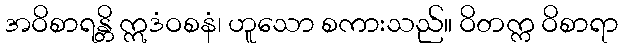
အဝိစာရန္တိ ဣဒံဝစနံ၊ ဟူသော စကားသည်။ ဝိတက္က ဝိစာရာ